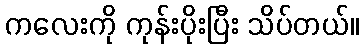
ကလေးကို ကုန်းပိုးပြီး သိပ်တယ်။